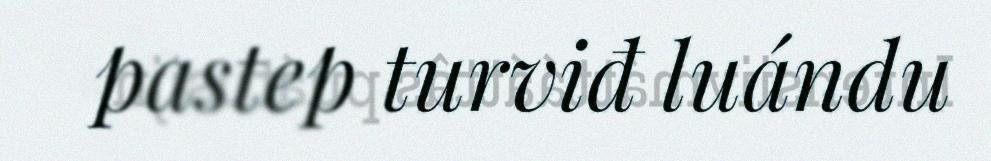
pastep turviđ luándu